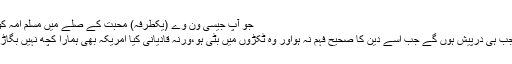
جو آپ جیسی ون وے (یکطرفہ) محبت کے صلے میں مسلم اُمہ کو درپیش ہو سکتے ہیں
یہ مسائل مسلم امہ کو جب ہی درپیش ہوں گے جب اسے دین کا صحیح فہم نہ ہواور وہ ٹکڑوں میں بٹی ہو،ورنہ قادیانی کیا امریکہ بھی ہمارا کچھ نہیں بگاڑ سکتا کیا سمجھے آپ!